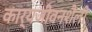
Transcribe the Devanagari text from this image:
कार्यजीवनशैली